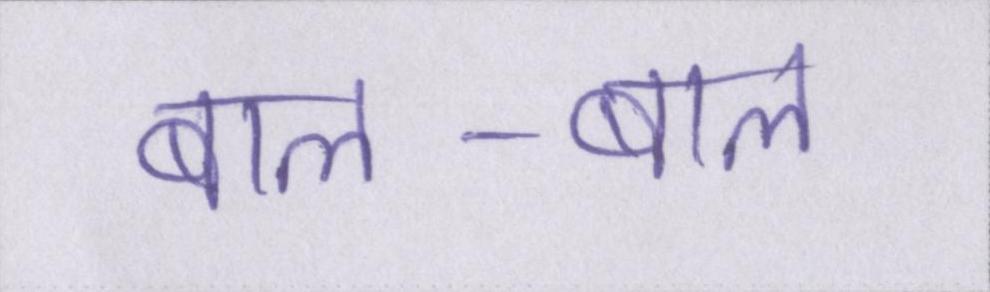
बाल-बाल